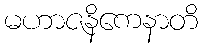
မဟာဇနိကေနာတိ